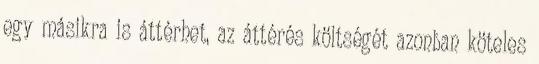
egy másikra is áttérhet, az áttérés költségét azonban köteles